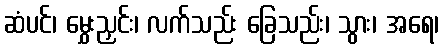
ဆံပင်၊ မွှေးညှင်း၊ လက်သည်း ခြေသည်း၊ သွား၊ အရေ၊